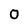
Character: O